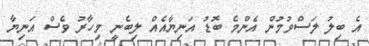
އެ ބިލު ލަސްވުމުން އެންމެ ބޮޑު އަނިޔާއެއް ލިބެނީ މިހާރު ވެސް އަނިޔާ